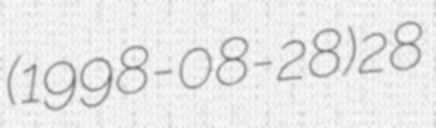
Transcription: (1998-08-28)28